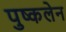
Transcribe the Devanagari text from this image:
पुष्कलेन